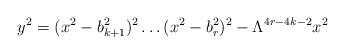
LaTeX: \begin{align*}y^2 = (x^2 - b_{k+1}^{2})^2 \ldots (x^2 - b_{r}^{2})^2- \Lambda ^{4r-4k-2} x^2\end{align*}